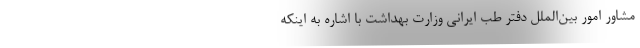
مشاور امور بین‌الملل دفتر طب ایرانی وزارت بهداشت با اشاره به اینکه